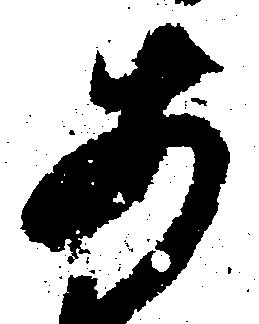
あ